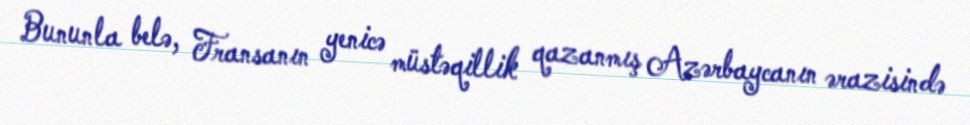
Bununla belə, Fransanın yenicə müstəqillik qazanmış Azərbaycanın ərazisində